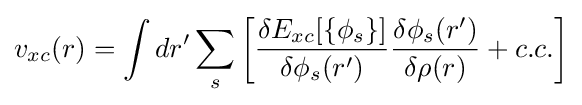
v_{xc}(r)=\int dr'\sum _{s}{\bigg [}{\frac {\delta E_{xc}[\{\phi _{s}\}]}{\delta \phi _{s}(r')}}{\frac {\delta \phi _{s}(r')}{\delta \rho (r)}}+c.c.{\bigg ]}